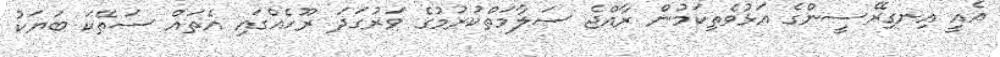
އެއީ އިނގިރޭސީންގެ އަޅުވެތިކަމުން ރާއްޖެ ސަލާމަތްކުރުމުގެ ވަރުގަދަ ރޫހެއްގައި އެތައް ސަތޭކަ ބަޔަކު